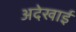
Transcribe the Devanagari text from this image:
अदेखाई